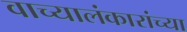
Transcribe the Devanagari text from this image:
वाच्यालंकारांच्या